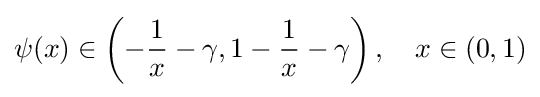
\psi (x)\in \left(-{\frac {1}{x}}-\gamma ,1-{\frac {1}{x}}-\gamma \right),\quad x\in (0,1)